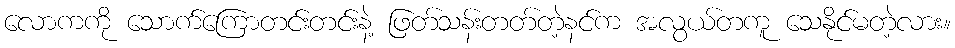
လောကကို သောက်ကြောတင်းတင်းနဲ့ ဖြတ်သန်းတတ်တဲ့နင်က အလွယ်တကူ သေနိုင်မတဲ့လား။